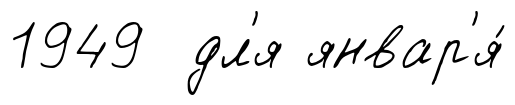
1949 дл'я январ'я́